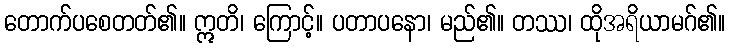
တောက်ပစေတတ်၏။ ဣတိ၊ ကြောင့်။ ပတာပနော၊ မည်၏။ တဿ၊ ထိုအရိယာမဂ်၏။